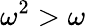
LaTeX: \omega^{2}>\omega